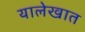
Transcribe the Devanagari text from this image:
यालेखात